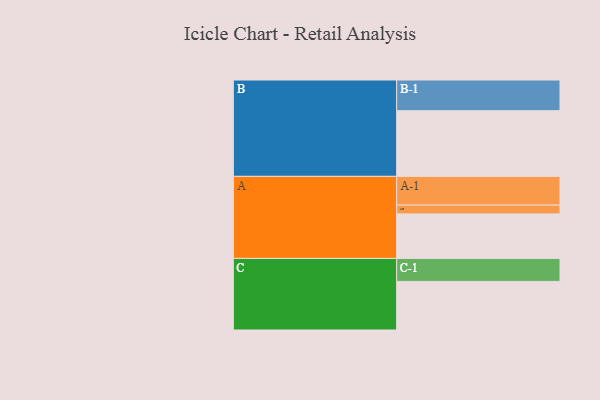
{"axis": {"x": "Segment", "y": "Value"}, "legend": ["", "A", "B", "C"], "data": [{"x": "A", "y": 370, "type": ""}, {"x": "B", "y": 546, "type": ""}, {"x": "C", "y": 404, "type": ""}, {"x": "A-1", "y": 239, "type": "A"}, {"x": "A-2", "y": 73, "type": "A"}, {"x": "B-1", "y": 255, "type": "B"}, {"x": "C-1", "y": 191, "type": "C"}]}